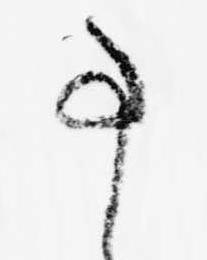
事